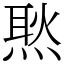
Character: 㷦